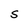
Character: S